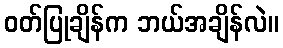
ဝတ်ပြုချိန်က ဘယ်အချိန်လဲ။